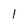
Character: 1